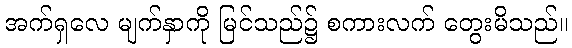
အက်ရှလေ မျက်နှာကို မြင်သည်၌ စကားလက် တွေးမိသည်။